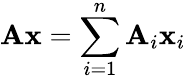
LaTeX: \mathbf{Ax}=\sum_{i=1}^{n}\mathbf{A}_{i}\mathbf{x}_{i}